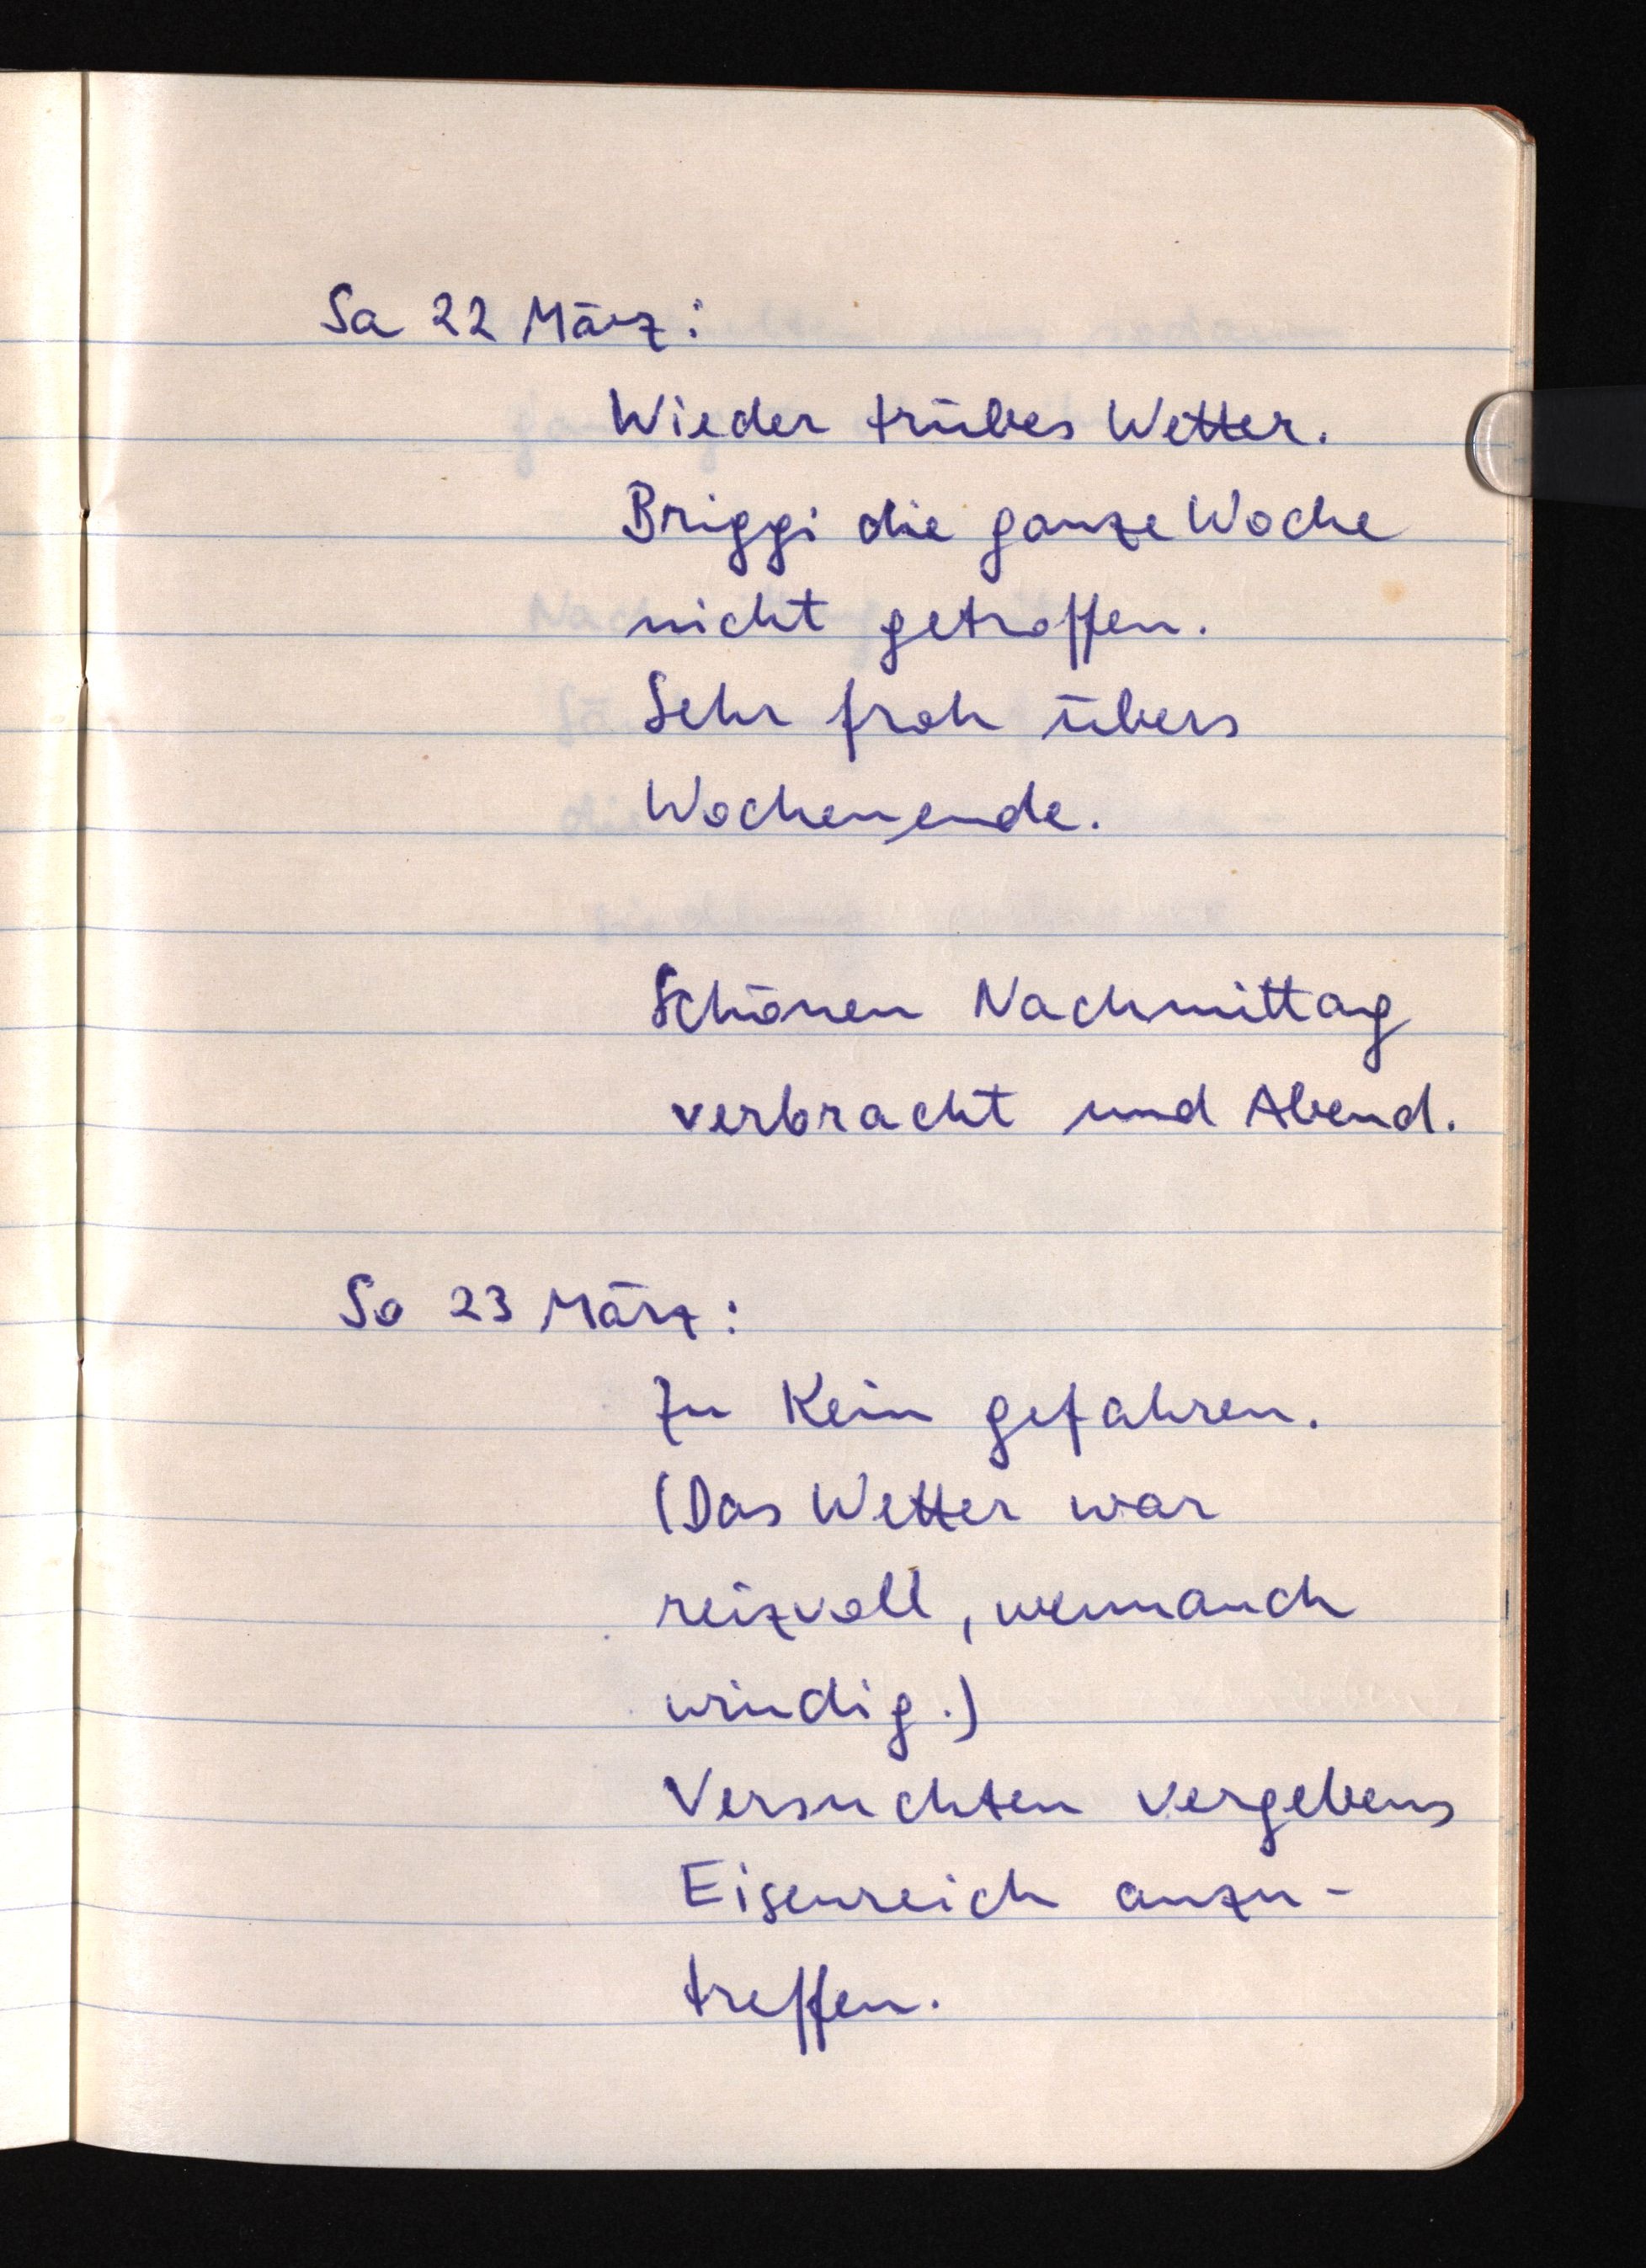
Sa 22 März:
Wieder trübes Wetter.
Briggi die ganze Woche
nicht getroffen.
Sehr froh übers
Wochenende.
Schönen Nachmittag
verbracht und Abend.
So 23 März:
Zu Kein gefahren.
(Das Wetter war
reizvoll,
windig.)
Versuchten vergebens
Eisenreich anzu¬
treffen.